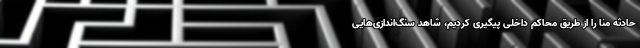
حادثه منا را از طریق محاکم داخلی پیگیری کردیم، شاهد سنگ‌اندازی‌هایی